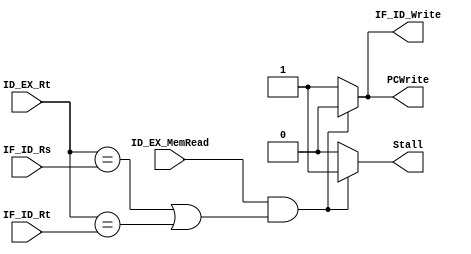
module Hazard_Detection(
    input ID_EX_MemRead,
    input [4:0] ID_EX_Rt, IF_ID_Rs, IF_ID_Rt, 
    output reg PCWrite, IF_ID_Write, Stall
    );
    
    always @*
        if(ID_EX_MemRead && ((ID_EX_Rt == IF_ID_Rs) || (ID_EX_Rt == IF_ID_Rt))) begin
            PCWrite = 0; IF_ID_Write = 0; Stall = 1; 
        end
        else begin 
            PCWrite = 1; IF_ID_Write = 1; Stall = 0;
        end    
endmodule